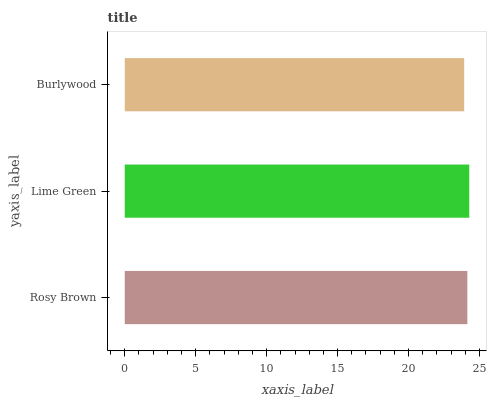
| yaxis_label | bars |
 | --- | --- |
 | Rosy Brown | 24.1 |
 | Lime Green | 24.3 |
 | Burlywood | 23.9 |